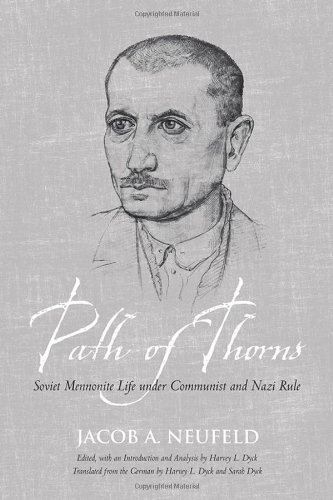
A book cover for Path of Thorns: Soviet Mennonite Life under Communist and Nazi Rule (Tsarist and Soviet Mennonite Studies); Jacob J. Neufeld; Christian Books & Bibles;